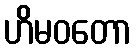
ဟိမဝတော